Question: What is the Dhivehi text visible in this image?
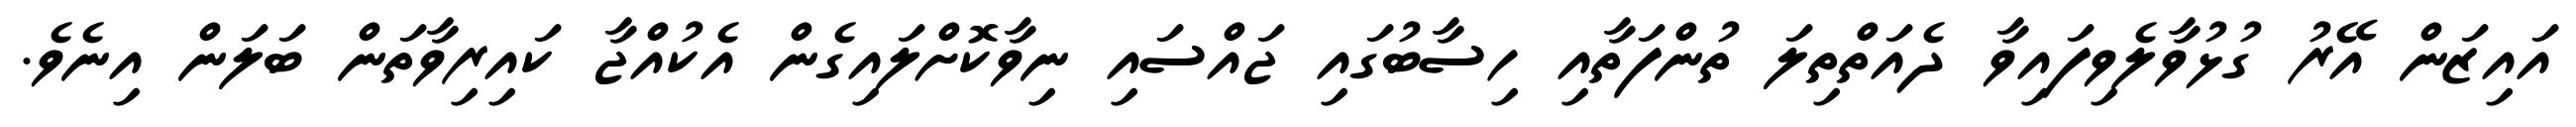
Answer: އައިޒަން އޭރު ގުޅުވާލެވިފައިވާ ދެއަތްތިލަ ތުންފަތާއި ހިސާބުގައި ޖައްސައި ނިވާކޮށްލައިގެން އެކުއްޖާ ކައިރިވާތަން ބަލަން އިނެވެ.